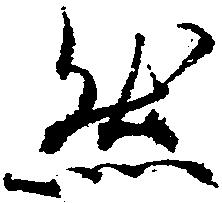
然